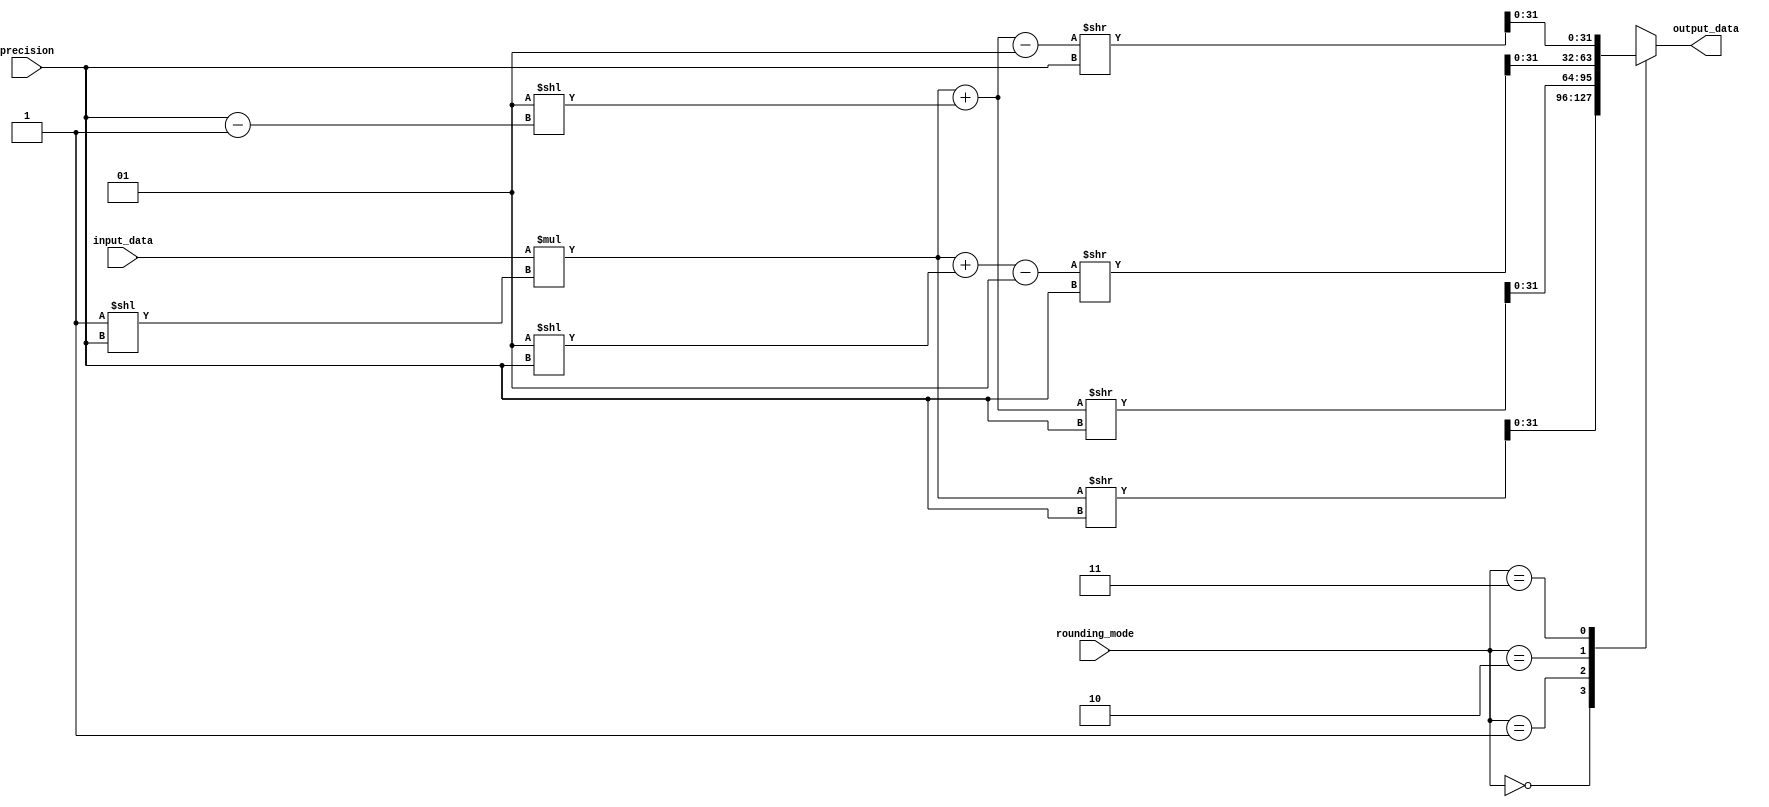
module fixed_point_rounding_unit (
    input [31:0] input_data,
    input [31:0] precision,
    input [1:0] rounding_mode,
    output reg [31:0] output_data
);

reg [63:0] intermediate_data;

always @ (*) begin
    intermediate_data = input_data * (1 << precision);
    
    case (rounding_mode)
        2'b00: output_data = $signed(intermediate_data) >> precision;
        2'b01: output_data = ($signed(intermediate_data) + (1 << (precision - 1))) >> precision;
        2'b10: output_data = ($signed(intermediate_data) + (1 << precision) - 1) >> precision;
        2'b11: output_data = ($signed(intermediate_data) + (1 << (precision - 1)) - 1) >> precision;
    endcase
end

endmodule